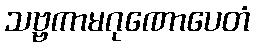
သဗ္ဗကာမဂုဏောပေတံ